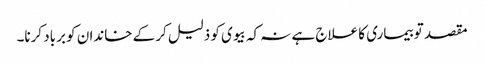
مقصد تو بیماری کا علاج ہے نہ کہ بیوی کو ذلیل کر کے خاندان کو برباد کرنا۔